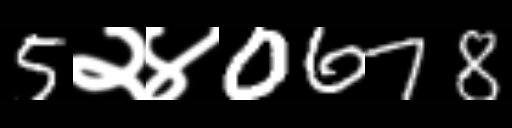
Text: 5२४0678